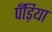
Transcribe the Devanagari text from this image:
पँड़िया